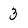
Character: 3